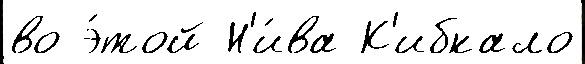
во э́той Н'и́ва К'ибкало